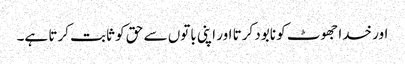
اور خدا جھوٹ کو نابود کرتا اور اپنی باتوں سے حق کو ثابت کرتا ہے۔